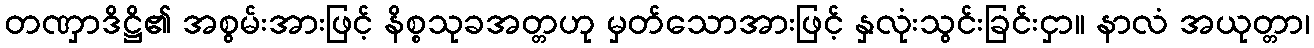
တဏှာဒိဋ္ဌိ၏ အစွမ်းအားဖြင့် နိစ္စသုခအတ္တဟု မှတ်သောအားဖြင့် နှလုံးသွင်းခြင်းငှာ။ နာလံ အယုတ္တာ၊